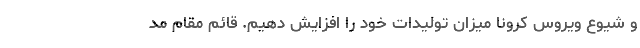
و شیوع ویروس کرونا میزان تولیدات خود را افزایش دهیم. قائم مقام مد